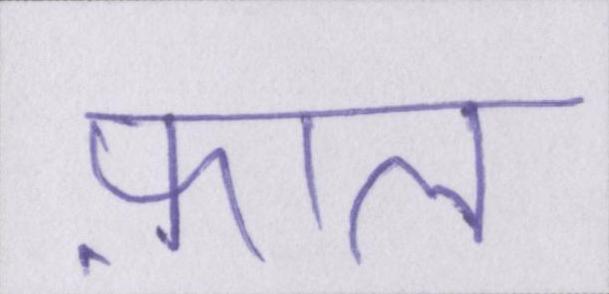
फ़ाल